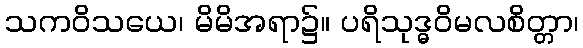
သကဝိသယေ၊ မိမိအရာ၌။ ပရိသုဒ္ဓဝိမလစိတ္တာ၊